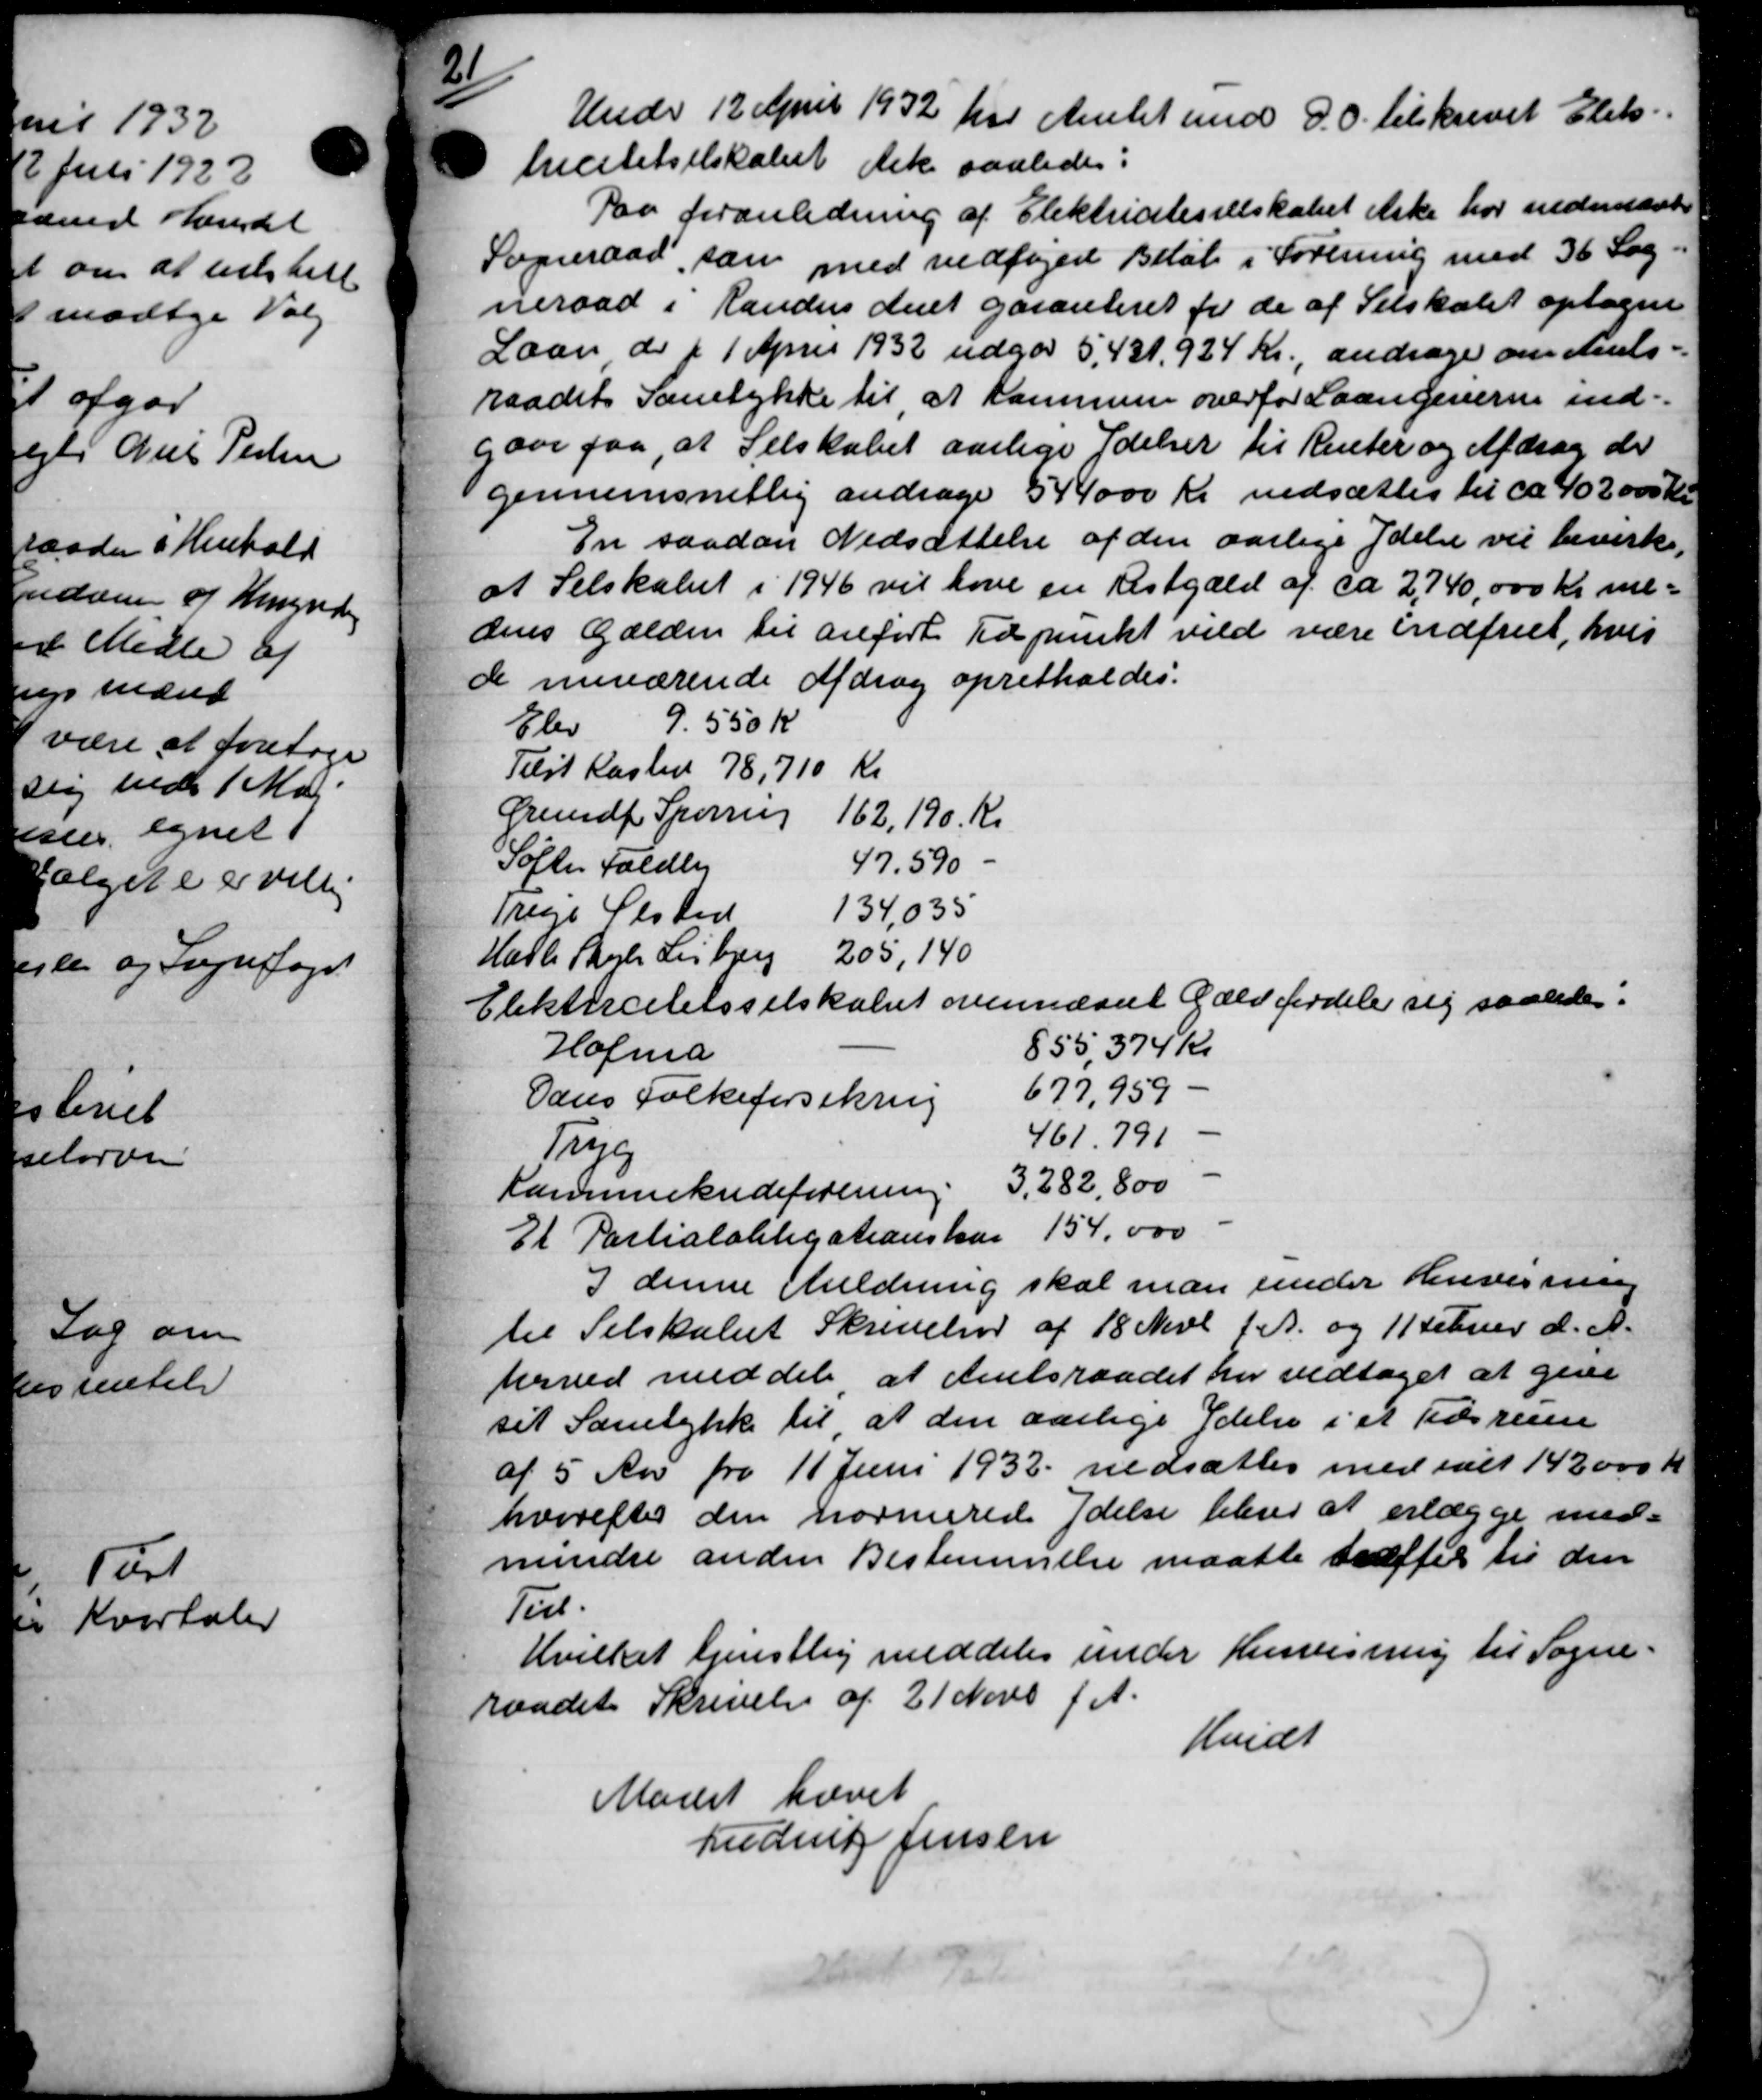
Transskription:
21
Under 12 April 1932 har Amtet med D.O. tilskrevet Elek
hecitetselskabet det saaledes:
Paa foranledning af Elektrictesselskabet ikke har indeværte
Sogneraad, som med vedfoged Beløb i Forening med 36 Sag.
neraad i Randers Amt garanteret fra de af Selskabet optagne
Laan do f 1 April 1932 udgør 5,431,924 Kr., andrager om Amts-
raadets Samtykke til at Kommune overfor Laangenerne ind-
gave paa, at Selskabet aarlige Ydelser til Renter og Afdrag de
gennemsnitlig andrage 544000 Kr. nedsættes til ca. 402.000 Kr.
En saadan Nedsættelse af den aarlige Ydelse vil bevirke,
at Selskabet i 1946 vil have en Restgæld af ca 2,740,000 Kr. me-
dens Gælden til anført Tidspunkt vild være indfriet, hvis
de nuværende Afdrag opretholdes.
Elev 9.550 K
Telst Kasted 78,710 Kr
Grundf Spørring 162,190 Kr
Søfter Faldby 47.590
Trige Ølsted 134,035
Halle Skole Lisberg 205,140
Elektricitetsselskabet ovennævnt Gæld fordeler sig saaledes.
Hofma 855,374 Kr
Oans Folkeforsikring 677,959 -
Trug 461.791
Kammerkredsforening 3,282, 800
Et Partialobligationskat 154.000
I denne Anledning skal man under Henvisning
til Selskabet Skrivelser af 18 Novb d. A. og 11 Februar d. A.
herved meddele at Amtsraadet her vedtaget at give
sit Samtykke til at den aarlige Ydelse i et Tidsrum
af 5 Aar fra 11 Juni 1932 nedsættes med ialt 142000 Kr
hvorefter den normerede Ydelse blive at erlægge med-
mindre anden Bestemmelse maatte træffes til den
Tul.
Hvilket tjenstlig meddeler under Henvisning til Sogne=
raadet Skrivelse af 21 Novb f. A.
hvidt
Mødet hævet
Luding Jensen